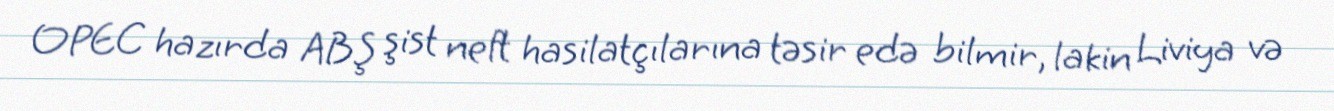
OPEC hazırda ABŞ şist neft hasilatçılarına təsir edə bilmir, lakin Liviya və